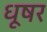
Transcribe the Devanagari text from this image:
धूषर